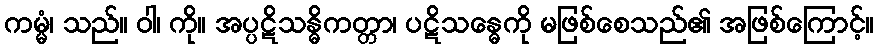
ကမ္မံ၊ သည်။ ဝါ၊ ကို။ အပ္ပဋိသန္ဓိကတ္တာ၊ ပဋိသန္ဓေကို မဖြစ်စေသည်၏ အဖြစ်ကြောင့်။